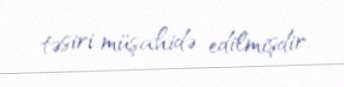
təsiri müşahidə edilmişdir.